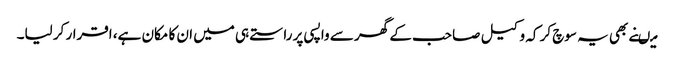
میںنے بھی یہ سوچ کر کہ وکیل صاحب کے گھر سے واپسی پر راستے ہی میں ان کا مکان ہے، اقرار کر لیا۔